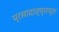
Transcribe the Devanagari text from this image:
प्रसादात्प्राप्त